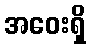
အဝေးရှိ